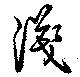
浅